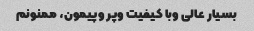
بسیار عالی وبا کیفیت وپر وپیمون، ممنونم